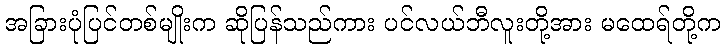
အခြားပုံပြင်တစ်မျိုးက ဆိုပြန်သည်ကား ပင်လယ်ဘီလူးတို့အား မထေရ်တို့က